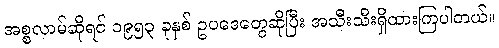
အစ္စလာမ်ဆိုရင် ၁၉၅၃ ခုနှစ် ဥပဒေတွေဆိုပြီး အသီးသီးရှိထားကြပါတယ်။